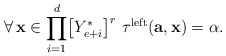
\begin{align*}\forall\,\mathbf{x}\in\displaystyle{\prod_{i=1}^{d}}\big{[}Y_{e+i}^{*}\big{]}^{r}\,\,\tau^{\mathrm{left}}(\mathbf{a},\mathbf{x})=\alpha.\end{align*}